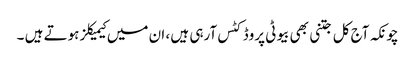
چونکہ آج کل جتنی بھی بیوٹی پروڈکٹس آرہی ہیں ، ان میں کیمیکلز ہوتے ہیں ۔